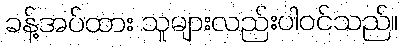
ခန့်အပ်ထား သူများလည်းပါဝင်သည်။